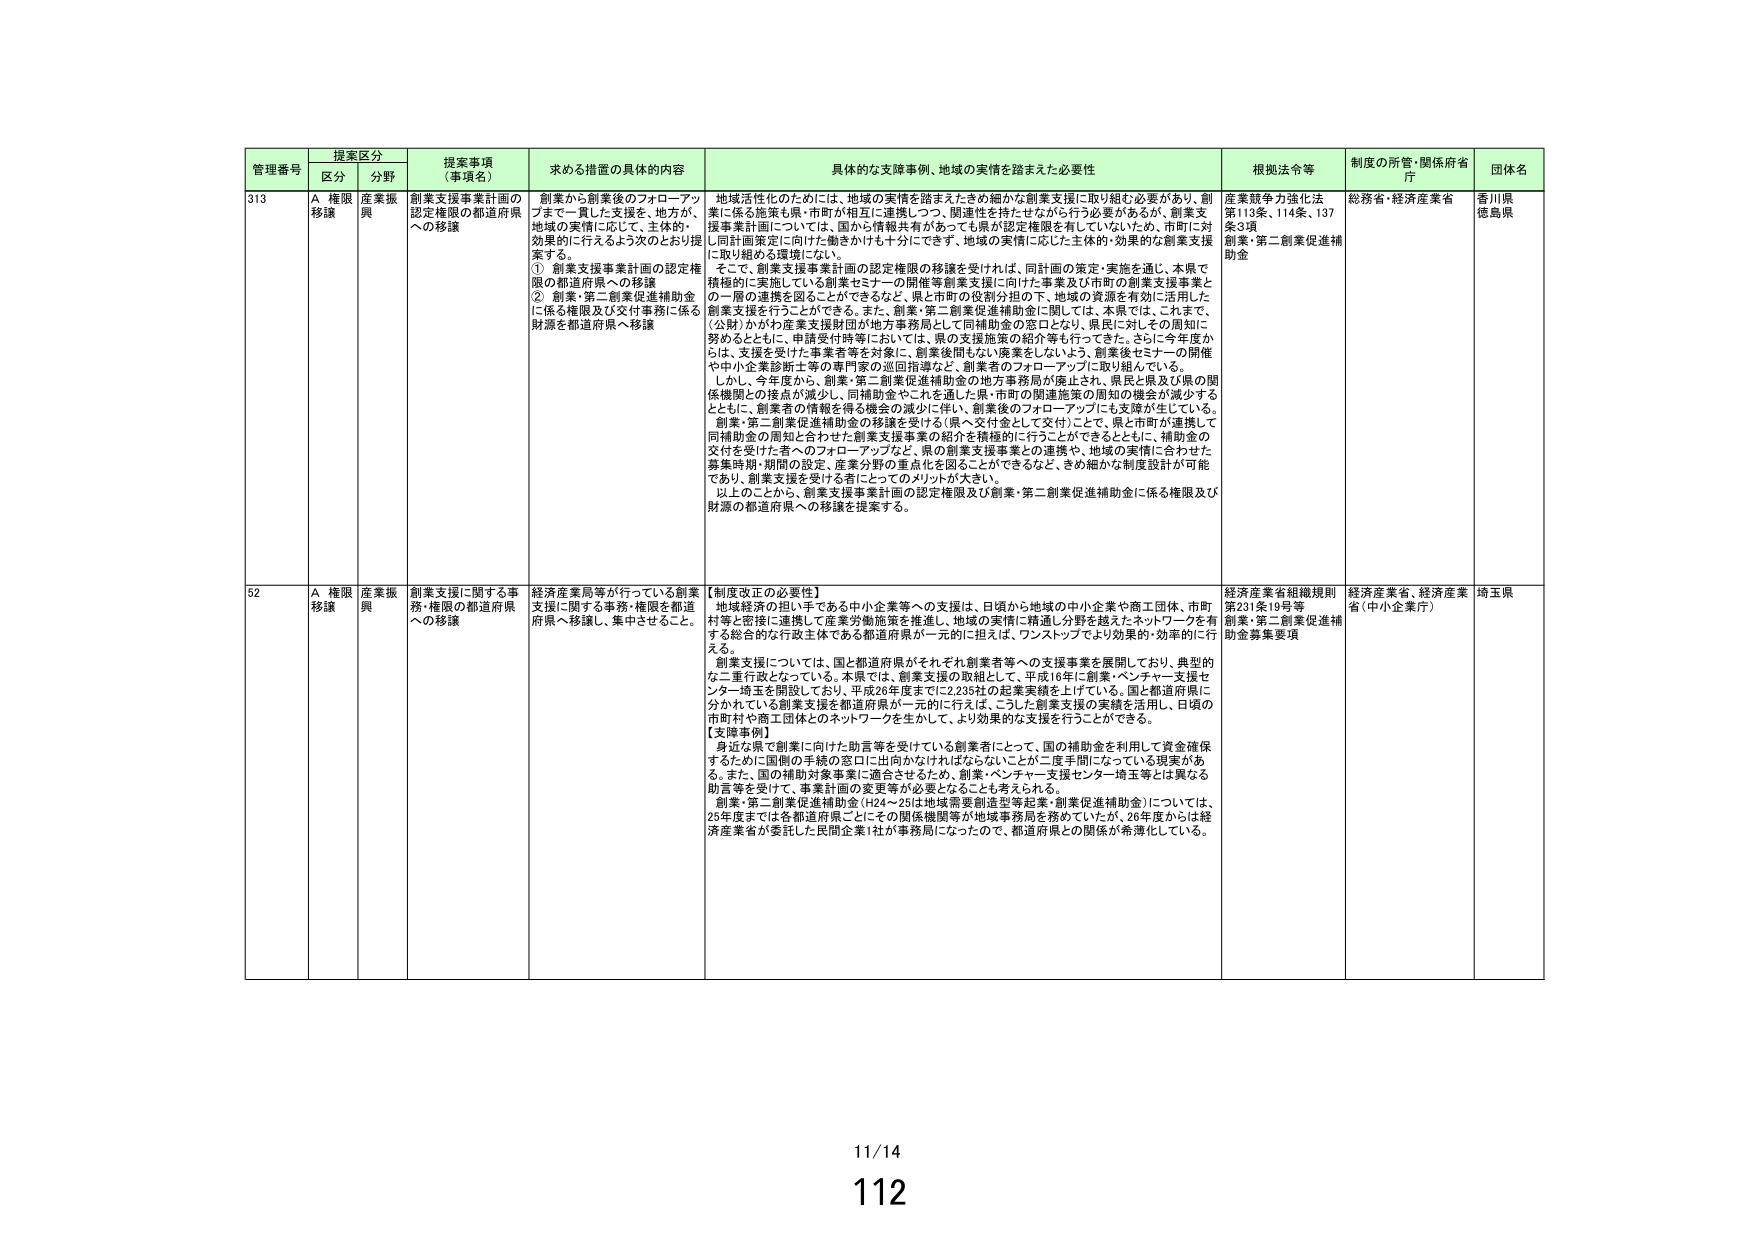
管理番号 提案区分 提案事項（事項名） 求める措置の具体的内容 具体的な支援事例、地域の実情を踏まえた必要性 根拠法令等 制度の所管・関係府省庁 団体名
区分 分野
313 A 権限移譲 産業振興 創業支援事業計画の認定権限の都道府県への移譲 創業から創業後のフォローアップまで一貫した支援を、地方が、地域の実情に応じて、主体的・効果的に行えるよう次のとおり提案する。
① 創業支援事業計画の認定権限の都道府県への移譲
② 創業・第二創業促進補助金に係る権限及び交付事務に係る財源を都道府県へ移譲 地域活性化のためには、地域の実情を踏まえたきめ細かな創業支援に取り組む必要があるが、創業に係る施策も県・市町が相互に連携しつつ、関連性を持たせながら行う必要があるが、創業支援事業計画については、国から情報共有があっても県が認定権限を有していないため、市町に対し同計画策定に向けた働きかけも十分にできず、地域の実情に応じた主体的・効果的な創業支援に取り組める環境はない。
そこで、創業支援事業計画の認定権限の移譲を受けければ、同計画の策定・実施を通じ、本県で積極的に実施している創業セミナーの開催等創業支援に向けた事業及び市町の創業支援事業との一層の連携を図ることができるなど、県と市町の役割分担の下、地域の資源を有効に活用した創業支援を行うことができる。また、創業・第二創業促進補助金に関しては、本県では、これまで、（公財）かわわ産業支援財団が地方事務局として同補助金の窓口となり、県民に対しての周知に努めるとともに、申請受付時等においては、県の支援施策の紹介等も行ってきた。さらに今年度からは、支援を受けた事業者等を対象に、創業後間もない廃業をしないよう、創業後セミナーの開催や中小企業診断士等の専門家の巡回指導など、創業者のフォローアップに取り組んでいる。
しかし、今年度から、創業・第二創業促進補助金の地方事務局が廃止され、県民と県及び県の関係機関との接点が減少し、同補助金やこれを通した県・市町の関連施策の周知の機会が減少するとともに、創業者の情報を得る機会の減少に伴い、創業後のフォローアップにも支障が生じている。
創業・第二創業促進補助金の移譲を受ける（県へ交付金として交付）ことで、県と市町が連携して同補助金の周知と合わせた創業支援事業の紹介を積極的に行うことができるとともに、補助金の交付を受けた者へのフォローアップなど、県の創業支援事業との連携や、地域の実情に合わせた募集時期・期間の設定、産業分野の重点化を図ることができなど、きめ細かな制度設計が可能であり、創業支援を受ける者にとってのメリットが大きい。
以上のことから、創業支援事業計画の認定権限及び創業・第二創業促進補助金に係る権限及び財源の都道府県への移譲を提案する。 産業競争力強化法第113条、114条、137条3項
創業・第二創業促進補助金 総務省・経済産業省 香川県 徳島県
52 A 権限移譲 産業振興 創業支援に関する事務・権限の都道府県への移譲 経済産業局等が行っている創業支援に関する事務・権限を都道府県へ移譲し、集中させること。 【制度改正の必要性】
地域経済の担い手である中小企業等への支援は、日頃から地域の中小企業や商工団体、市町村等と密接に連携して産業労働施策を推進し、地域の実情に精通し分野を超えたネットワークを有する総合的な行政主体である都道府県が一元的に担えば、ワンストップでより効果的・効率的に行える。
創業支援については、国と都道府県がそれぞれ創業者等への支援事業を展開しており、典型的な二重行政となっている。本県では、創業支援の取組として、平成16年に創業・ベンチャー支援センター埼玉を開設しており、平成26年度までに2,235社の起業実績を上げている。国と都道府県に分かれていた創業支援を都道府県が一元的に行えば、こうした創業支援の実績を活用し、日頃の市町村や商工団体とのネットワークを生かして、より効果的な支援を行うことができる。
【支障事例】
身近な県で創業に向けた助言等を受けている創業者にとって、国の補助金を利用して資金確保するために国側の手続の窓口に出向かなければならないことが二度手間になっている現実がある。また、国の補助対象事業に適合させるため、創業・ベンチャー支援センター埼玉等とは異なる助言等を受け、事業計画の変更等が必要となることも考えられる。
創業・第二創業促進補助金（H24～25は地域需要創造型等起業・創業促進補助金）については、25年度までは各都道府県ごとにその関係機関等が地域事務局を務めていたが、26年度からは経済産業省が委託した民間企業1社が事務局になったので、都道府県との関係が希薄化している。 経済産業省組織規則第231条19号等
創業・第二創業促進補助金募集要項 経済産業省、経済産業省（中小企業庁） 埼玉県
11/14
112